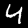
Digit: 4